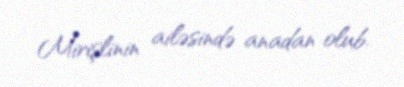
Mirişlinin ailəsində anadan olub.